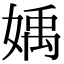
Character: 𡟥